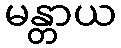
မန္တာယ